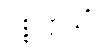
ပစ္စုဋ္ဌာသိံ